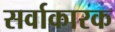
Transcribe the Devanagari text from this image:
सर्वाकारक